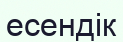
есендік